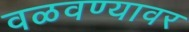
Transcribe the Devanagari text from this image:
वळवण्यावर